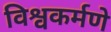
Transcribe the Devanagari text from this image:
विश्वकर्मणे